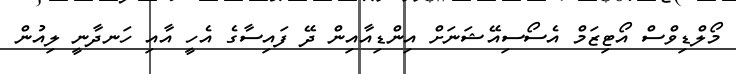
މޯލްޑިވްސް އޯޓިޒަމް އެސޯސިއޭޝަނަށް އިންޑިއާއިން ދޭ ފައިސާގެ އެހީ އާއި ހަނދާނީ ލިއުން